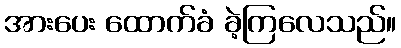
အားပေး ထောက်ခံ ခဲ့ကြလေသည်။